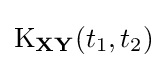
\operatorname {K} _{\mathbf {X} \mathbf {Y} }(t_{1},t_{2})